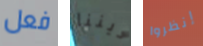
فعل ديننا إنظروا